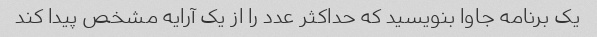
یک برنامه جاوا بنویسید که حداکثر عدد را از یک آرایه مشخص پیدا کند